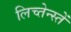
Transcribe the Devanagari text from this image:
लिच्तेन्स्तें